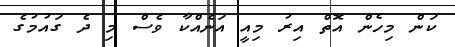
ކަން މިހެން އޮތް އިރު މިއީ އަނެއްކާ ވެސް މި ދެ ގައުމުގެ